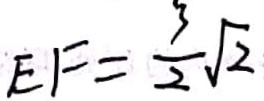
E F = \frac { 3 } { 2 } \sqrt { 2 }